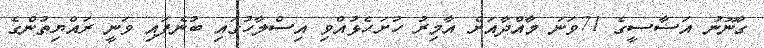
ގާނޫނު އަސާސީގެ 71ވަނަ މާއްދާއަށް އާމިރު ހުށަހެޅުއްވި އިސްލާހުގައި ބުނެފައި ވަނީ ރައްޔިތުންގެ